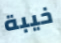
خيبة